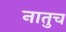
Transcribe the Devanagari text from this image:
नातुच